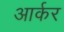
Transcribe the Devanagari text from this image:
आर्कर